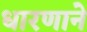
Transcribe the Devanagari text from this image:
धारणाने